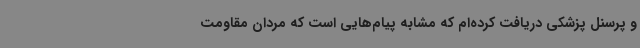
و پرسنل پزشکی دریافت کرده‌ام که مشابه پیام‌هایی است که مردان مقاومت